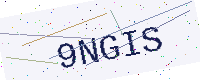
Text: 9NGIS